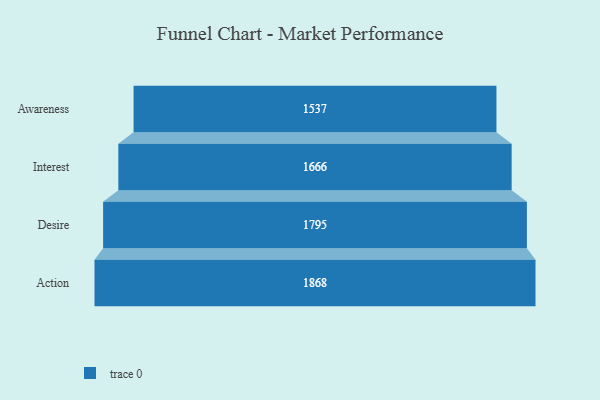
{"axis": {"x": "Stage", "y": "Value"}, "legend": [""], "data": [{"x": "Awareness", "y": 1537.0, "type": ""}, {"x": "Interest", "y": 1666.0, "type": ""}, {"x": "Desire", "y": 1795.0, "type": ""}, {"x": "Action", "y": 1868.0, "type": ""}]}